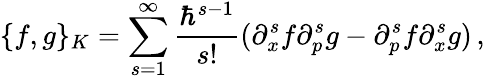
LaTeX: \{ f,g\} _{K}=\sum_{s=1}^{\infty}{\frac{\hbar^{s-1}}{s!}}(\partial_{x}^{s}f\partial_{p}^{s}g-\partial_{p}^{s}f\partial_{x}^{s}g)\, ,